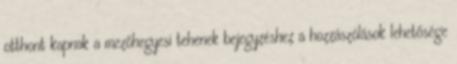
otthont kapnak a mezőhegyesi tehenek bejegyzéshez a hozzászólások lehetősége